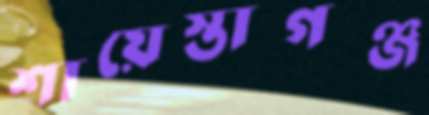
শায়েস্তাগঞ্জ